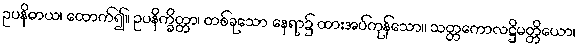
ဥပနိဓာယ၊ ထောက်၍။ ဥပနိက္ခိတ္တာ၊ တစ်ခုသော နေရာ၌ ထားအပ်ကုန်သော။ သတ္တကောလဋ္ဌိမတ္တိယော၊